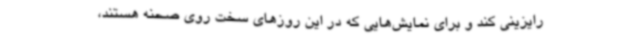
رایزینی کند و برای نمایش‌هایی که در این روزهای سخت روی صحنه هستند،